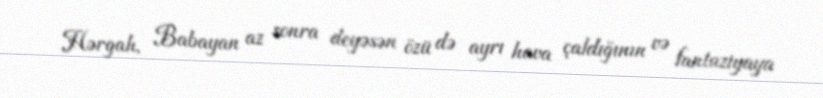
Hərgah, Babayan az sonra deyəsən özü də ayrı hava çaldığının və fantaziyaya